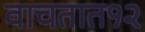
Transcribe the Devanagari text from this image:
वाचतात१२